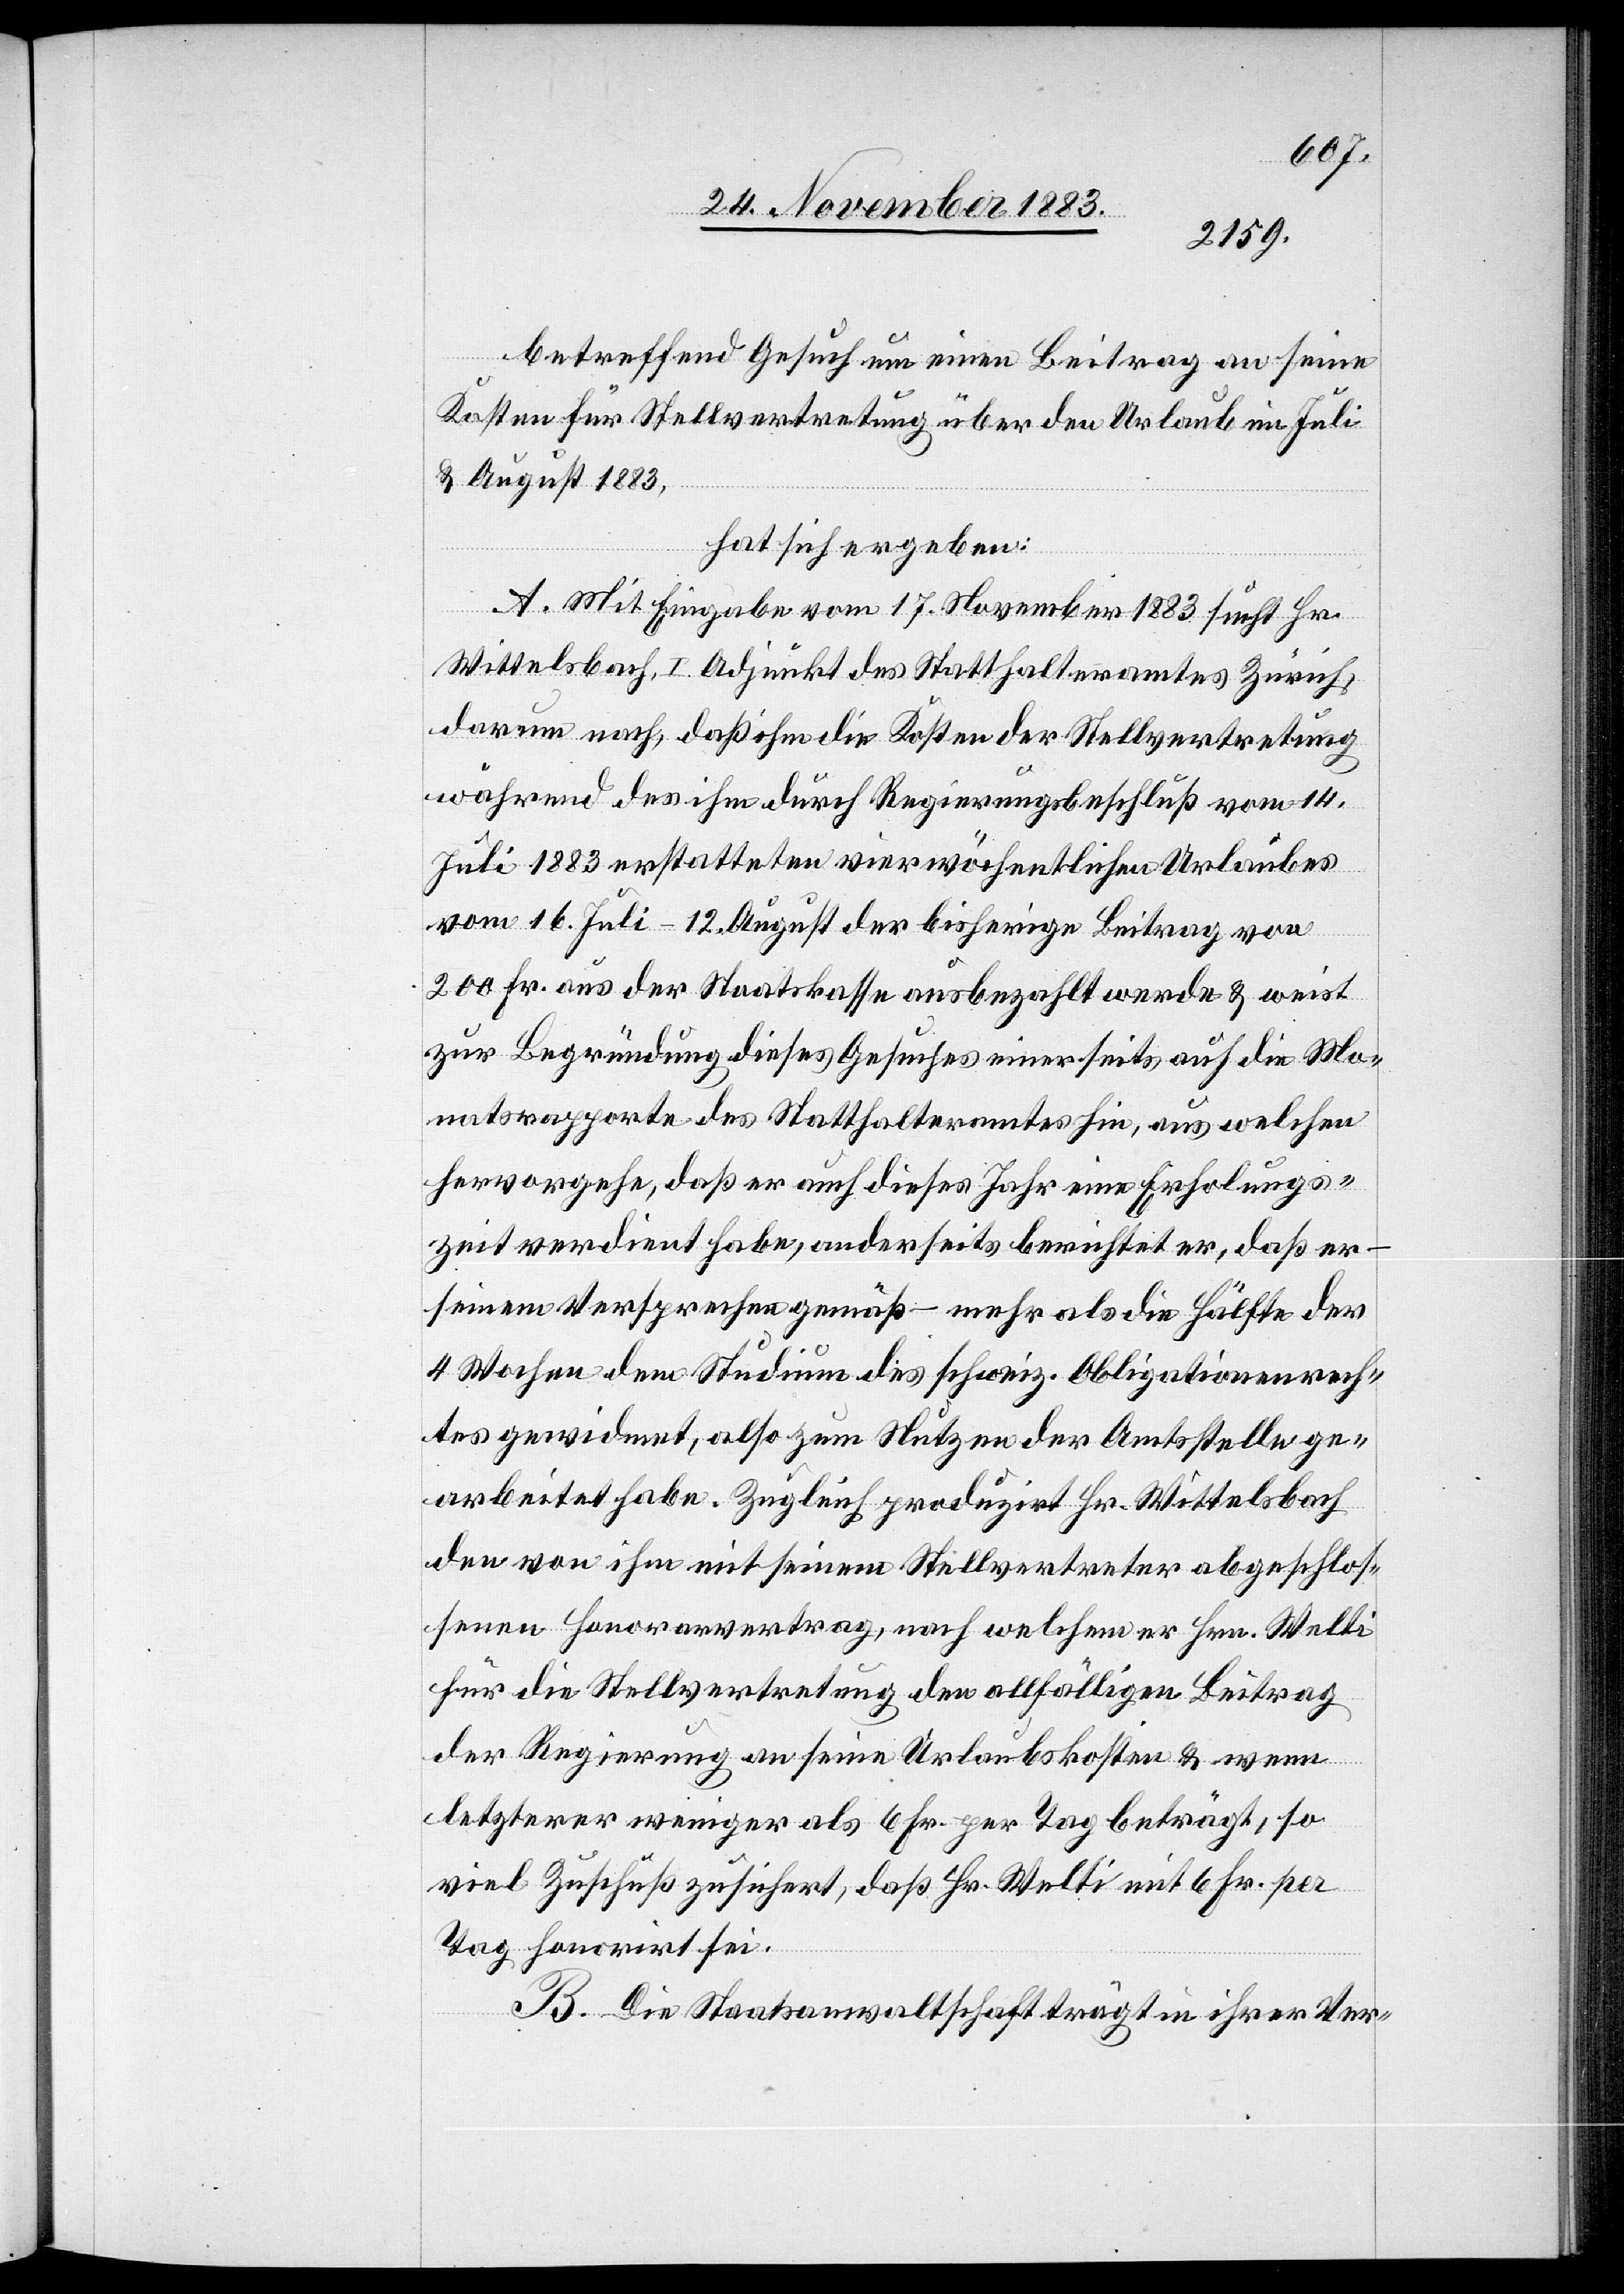
betreffend Gesuch um einen Beitrag an seine
Kosten für Stellvertretung über den Urlaub im Juli
& August 1883,
hat sich ergeben:
A. Mit Eingabe vom 17. November 1883 sucht Hr.
Wittelsbach, I. Adjunkt des Statthalteramtes Zürich,
darum nach, daß ihm die Kosten der Stellvertretung
während des ihm durch Regierungsbeschluß vom 14.
vom 1883 erstatteten vier wöchentlichen Urlaubes
vom 16. Juli–12. August der bisherige Beitrag von
200 Fr. aus der Staatskasse ausbezahlt werde & weist
zur Begründung dieses Gesuches einerseits, auf die Mo¬
natsrapporte des Statthalteramtes hin, aus welchen
hervorgehe, daß er auch dieses Jahr eine Erholungs¬
zeit verdient habe, anderseits berichtet er, daß er
seinem Versprechen gemäß – mehr als die Hälfte des
4 Wochen dem Stadium des schweiz. Obligationenrech¬
tes gewidmet, also zum Nutzen der Amtsstelle ge¬
arbeitet habe. Zugleich produzirt Hr. Wittelsbach
den von ihm mit seinem Stellvertreter abgeschlos¬
senen Honorarvertrag, nach welchem er Hrn. Welti
für die Stellvertretung den allfälligen Beitrag
der Regierung an seine Urlaubskosten & wenn
letzterer weniger als 6 Fr. per Tag beträgt, so
viel Zuschuß zusichert, daß Hr. Welti mit 6 Fr. per
Tag honorirt sei.
B. Die Staatsanwaltschaft trägt in ihrer Ver-